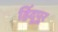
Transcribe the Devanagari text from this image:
हिंदूपूर